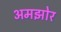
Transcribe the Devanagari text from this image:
अमझोर